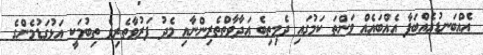
އެއްބަނޑުއެއްބަފާ އެއްބައެއް ވަންތަ ކަމުގައި ދެމިތިބެ ޢަދާވާތްތެރިންނާއި މެދު ފަރުވާތެރިވެ ތިބުމަކީ އަޅުގަޑުމެންގެ